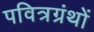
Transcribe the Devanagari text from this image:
पवित्रग्रंथों